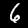
Digit: 6